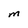
Character: M